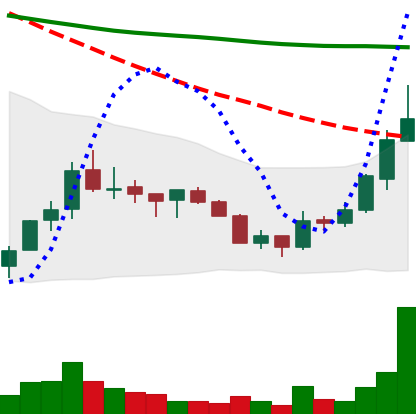
Ticker: ADA-USD
Chart end date: 2018-07-18
Forward return: -8.557%
Label: down_7plus